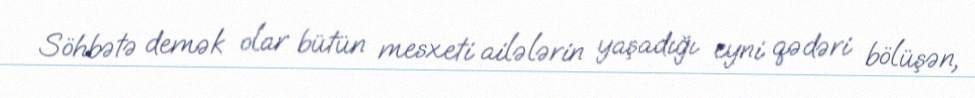
Söhbətə demək olar bütün mesxeti ailələrin yaşadığı eyni qədəri bölüşən,